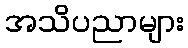
အသိပညာများ